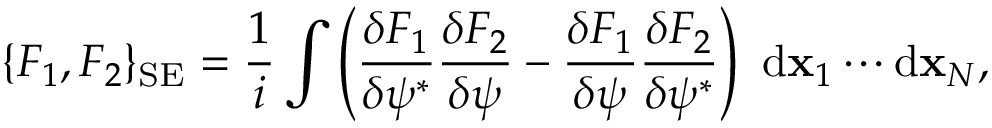
\{ F _ { 1 } , F _ { 2 } \} _ { \mathrm { S E } } = \frac { 1 } { i } \int { \left( \frac { \delta F _ { 1 } } { \delta \psi ^ { * } } \frac { \delta F _ { 2 } } { \delta \psi } - \frac { \delta F _ { 1 } } { \delta \psi } \frac { \delta F _ { 2 } } { \delta \psi ^ { * } } \right) \ \mathrm { d } { \bf x } _ { 1 } \cdots \mathrm { d } { \bf x } _ { N } } ,